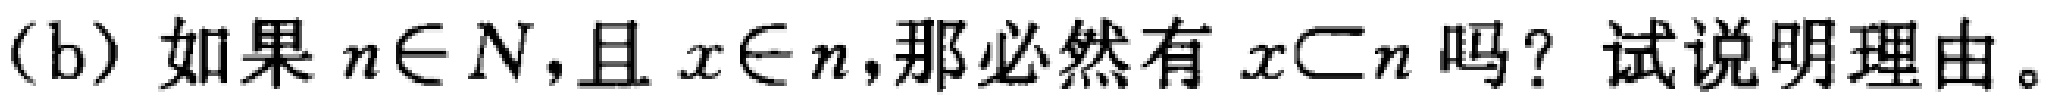
(b) 如果 \(n\in N\)，且 \(x\in n\)，那必然有 \(x\subset n\) 吗？试说明理由。